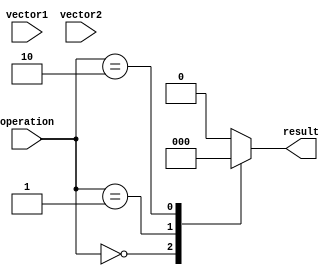
module comparator(input [63:0] vector1, input [63:0] vector2, input [1:0] operation,
                    output result);

    wire [63:0] equal_bits, greater_bits, less_bits;
    wire carry_out;
    
    // Comparing corresponding bits of input vectors
    assign equal_bits = vector1 == vector2;
    assign greater_bits = vector1 > vector2;
    assign less_bits = vector1 < vector2;
    
    // Implementing cascading logic for carry-over bits
    assign carry_out =  |(greater_bits[63:1] ^ less_bits[63:1]);
    
    // Generating final comparison result based on operation select lines
    always @*
    begin
        case(operation)
            2'b00: result = &equal_bits;
            2'b01: result = (&greater_bits | carry_out);
            2'b10: result = (&less_bits | carry_out);
            default: result = 1'b0; // Invalid operation
        endcase
    end
endmodule